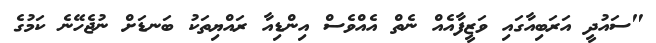
"ސައުދީ އަރަބިއާގައި ވަޒީފާއެއް ނެތް އެއްވެސް އިންޑިއާ ރައްޔިތަކު ބަނޑަށް ނުޖެހޭނެ ކަމުގެ